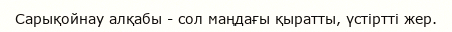
Сарықойнау алқабы - сол маңдағы қыратты, үстіртті жер.